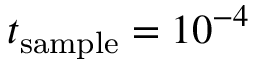
t _ { \mathrm { s a m p l e } } = 1 0 ^ { - 4 }